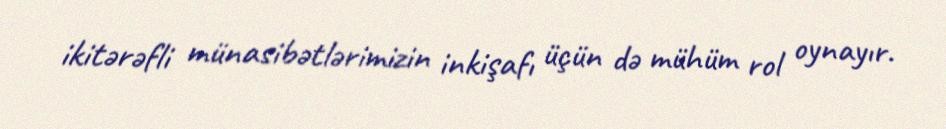
ikitərəfli münasibətlərimizin inkişafı üçün də mühüm rol oynayır.